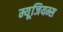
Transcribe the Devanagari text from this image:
म्यूजियम्स